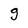
Character: g